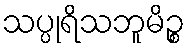
သပ္ပုရိသဘူမိဉ္စ